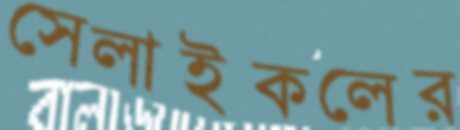
সেলাইকলের